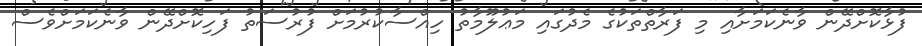
ފުޅާކޮށްދޭން ވާނެކަމަށާއި މި ފަރާތްތަކުގެ މެދުގައި މަޢުލޫމާތު ހިއްސާކުރުމަށް ފުރުސަތު ފަހިކޮށްދޭން ވާނެކަމަށްވެސް